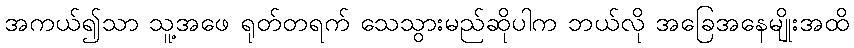
အကယ်၍သာ သူ့အဖေ ရုတ်တရက် သေသွားမည်ဆိုပါက ဘယ်လို အခြေအနေမျိုးအထိ